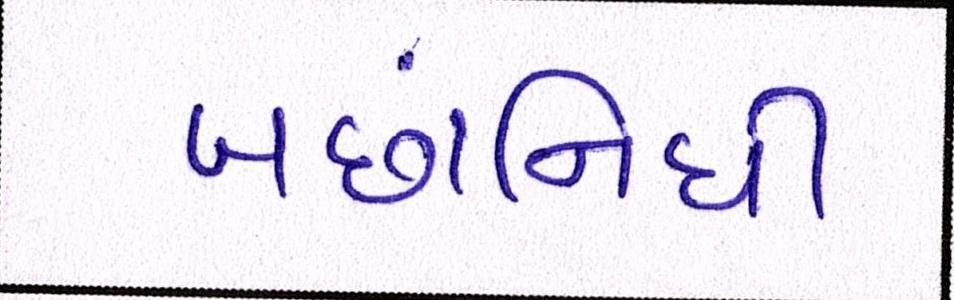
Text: બંછાનિધી